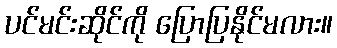
ပင်မင်းဆိုင်ကို ပြောပြနိုင်မလား။